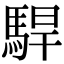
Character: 駻